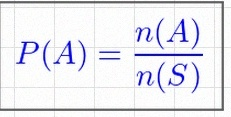
P(A)=\frac{n(A)}{n(S)}